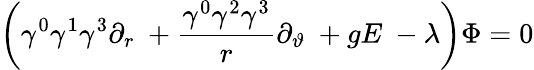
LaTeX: \left(\gamma^{0}\gamma^{1}\gamma^{3}\partial_{r}\ +\frac{\gamma^{0}\gamma^{2}\gamma^{3}}r\partial_{\vartheta}\ +gE\ -\lambda\right)\Phi=0